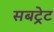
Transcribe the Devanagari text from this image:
सबट्रेट